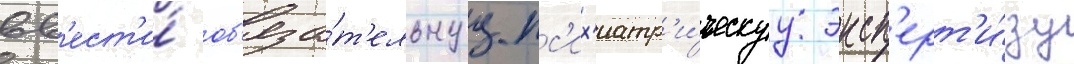
вв'ест'и́ об'яза́т'ельнуу пс'их'иатр'и́ческуу эксп'ерт'и́зу